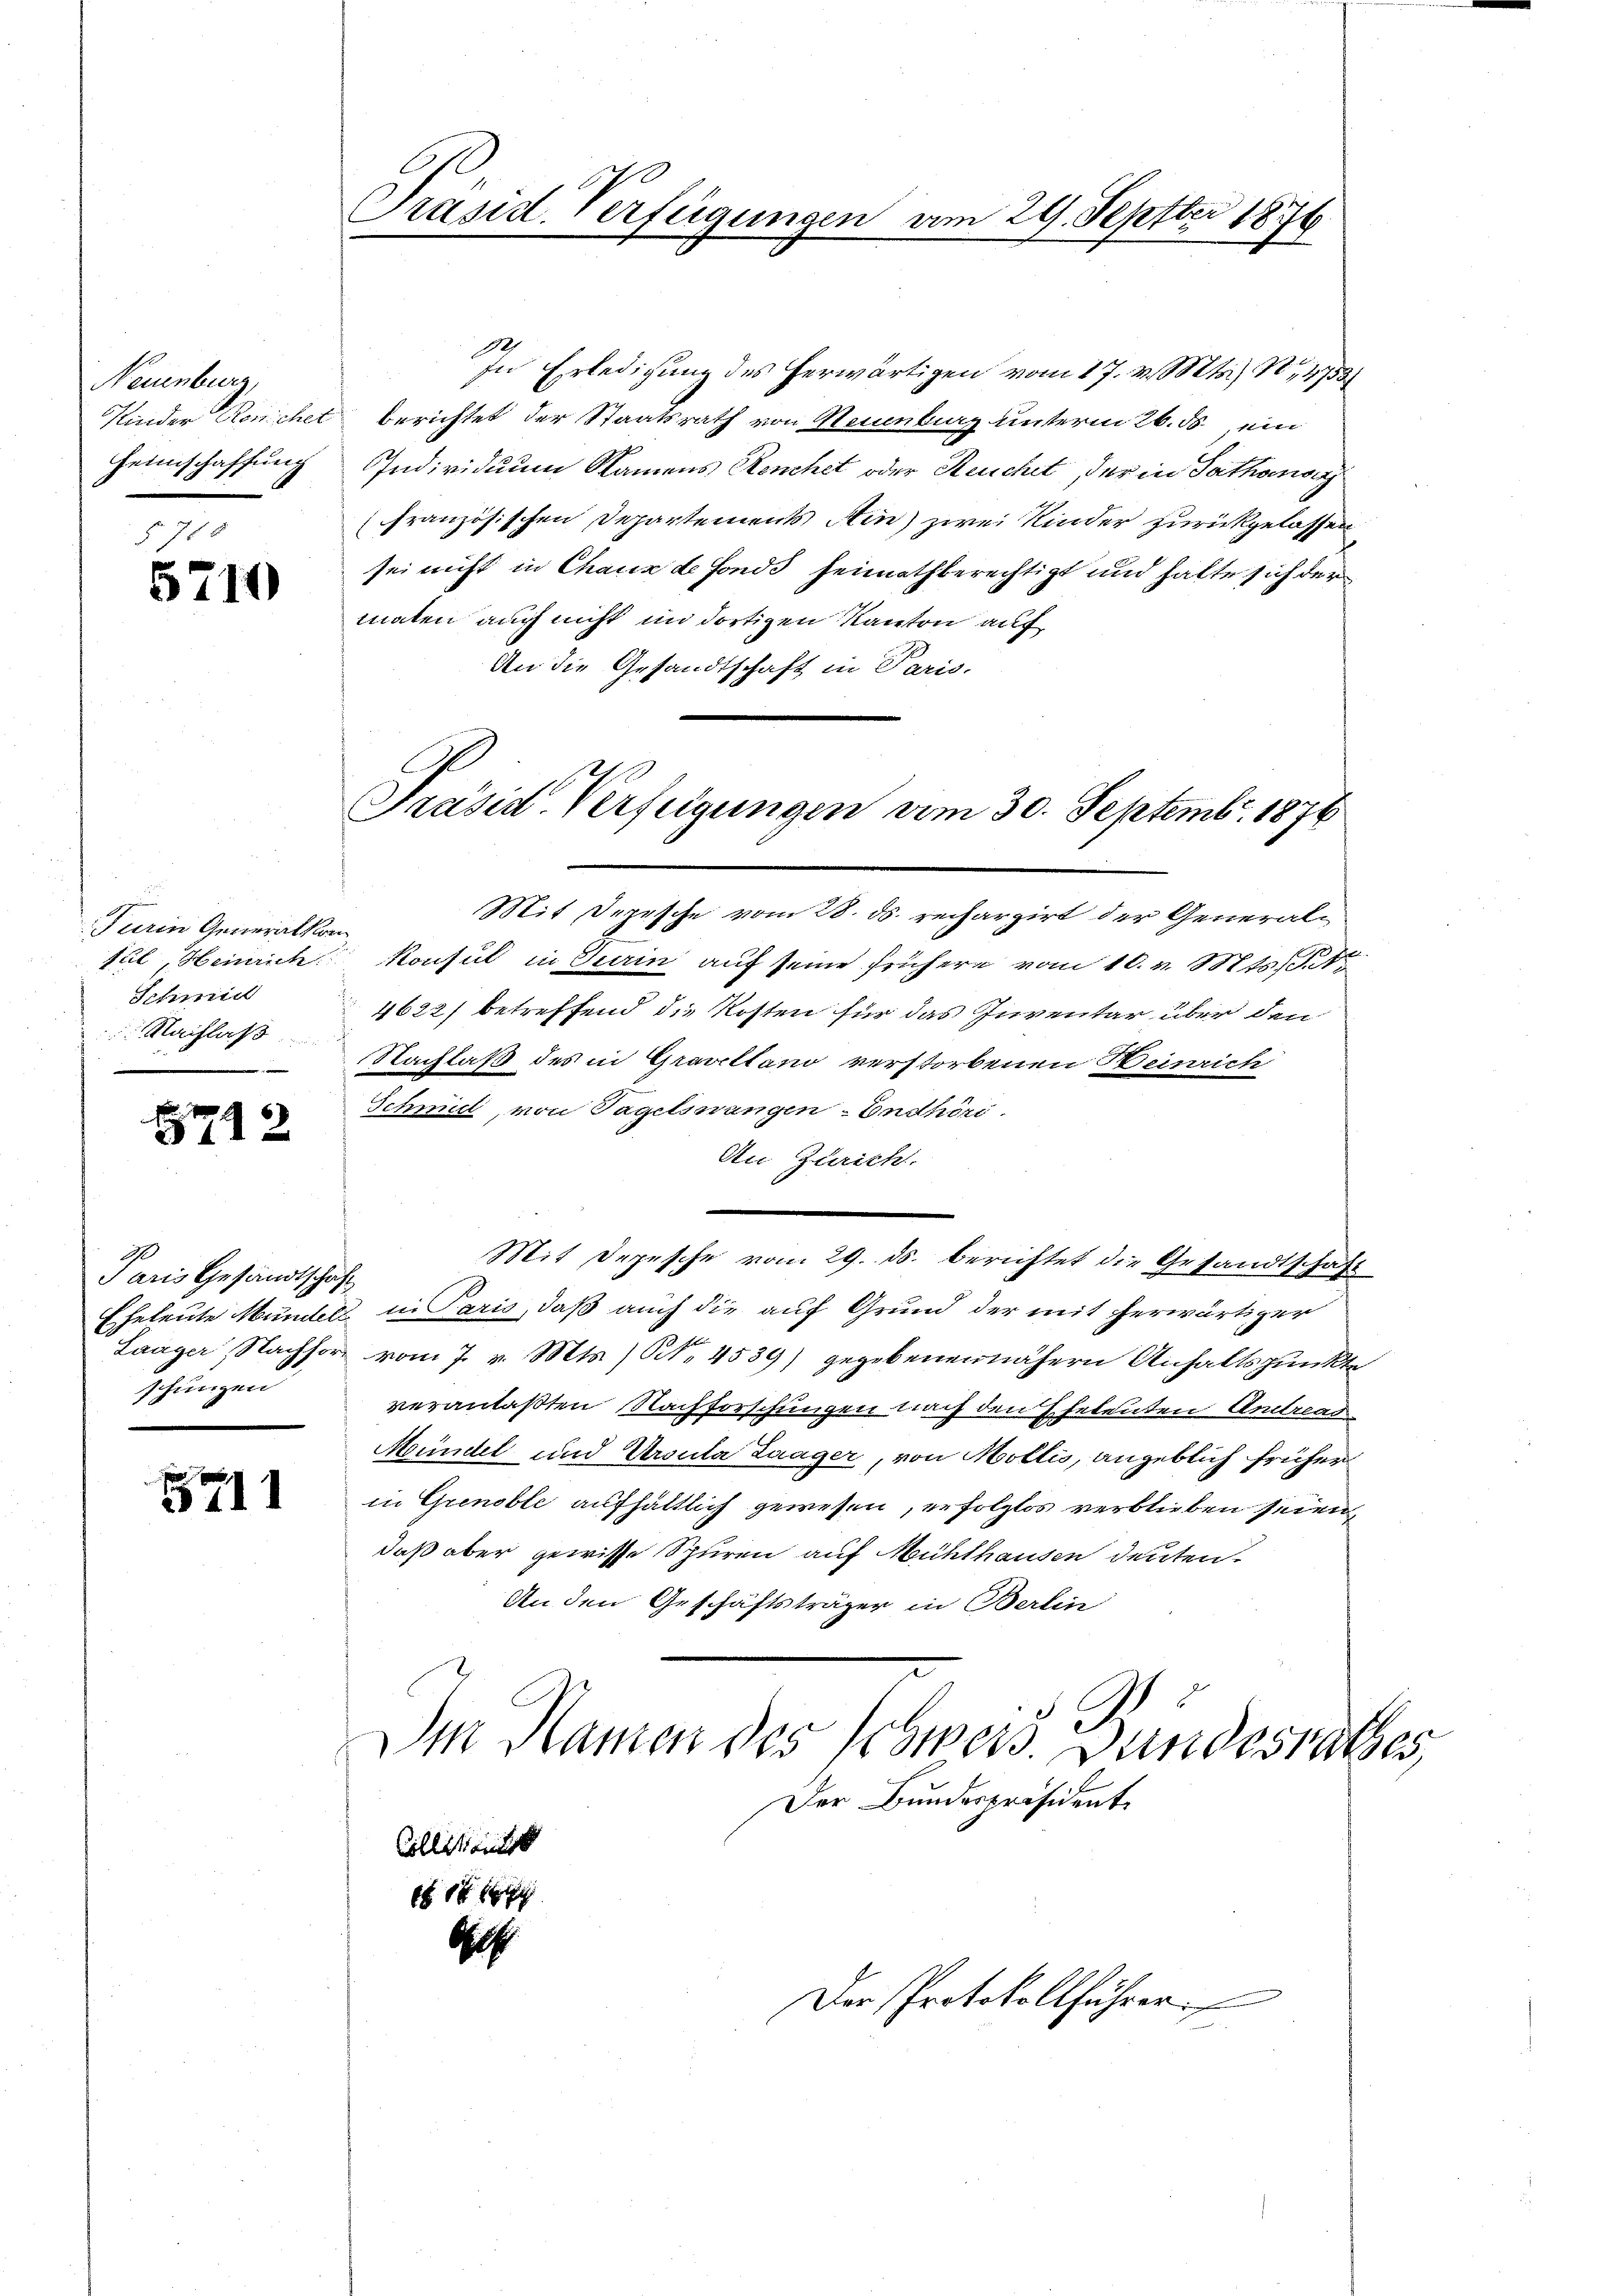
Neuenburg,
Kinder Renischer
Heimschaffung

5710

Turin Generalkom
ful, Heinrich
Schmidl
 Nachlaß

793

Paris Gesandtschaft
schungen

5711

Präsid. Verfügungen vom 29. Septbr 1874

In Erledigung des herwärtigen vom 17. v. Mts. 1,4753
berichtet der Staatsrath von Neuenburg unterm 26. ds. ein
Individuum Namens Renchet oder Reuchet, der in Sathanen
französischen Departements Ain zwei Kinder zurückgelassen
sei nicht in Chaux de Fonds heimathberechtigt und halte sich der
maten auch nicht im dortigen Kanton auf
An die Gesandtschaft in Paris.
Mit Depesche vom 28. ds. rechargirt der General¬
Konsul in Turin auf seine frühere vom 10. v. Mts. dat
4622) betreffend die Kosten für das Inventar über den
Nachlaß des in Gravelland verstorbenen Weinrich
Schmid, von Tagelswangen-Endhöri
An Zürich.
Mit Depesche vom 29. ds. berichtet die Gesandtschäft
Eheleute Mündelt in Paris, daß auch die auf Grund der mit herwärtiger
Laager, Nachsor vom 7. v. Mts., Nr. 4539) gegebenennähern Anhaltspunkte
veranlaßten Nachforschungen nach den Eheleuten Andread
Mündel und Ursula Laager, von Mollis, angeblich früher
in Grenoble aufhältlich gewesen, erfolglos verblieben seien,
daß aber gewisse Spuren auf Mühlhausen deuten.
An den Geschäftsträger in Berlin
Im Namen des Schwers. Bundesrathes,
Der Bundespräsident.
Cillisionirt

Präsid. Verfügungen vom 30. Septembr. 1876

16 18

h

Der Protokollführer